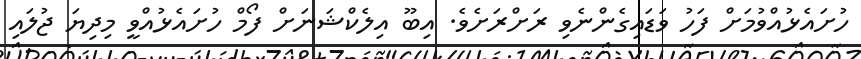
ހުށައެޅުއްވުމަށް ފަހު ވަޑައިގެންނެވި ރަށްރަށެވެ. އިބޫ އިލެކްޝަނަށް ފޯމް ހުށައެޅުއްވީ މިދިޔަ ޖުލައި